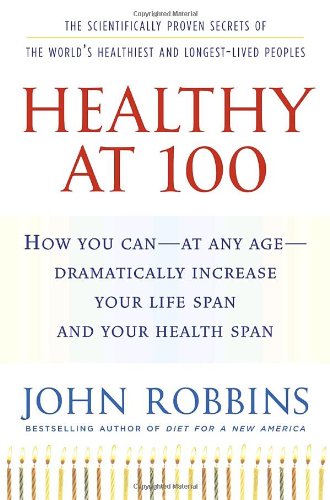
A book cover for Healthy at 100: The Scientifically Proven Secrets of the World's Healthiest and Longest-Lived Peoples; John Robbins; Health, Fitness & Dieting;